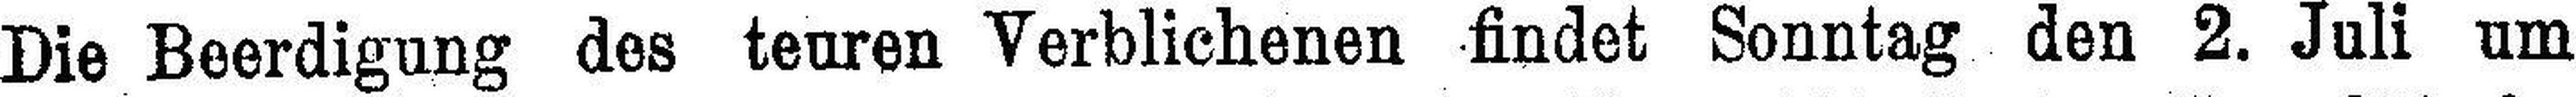
Die Beerdigung des teuren Verblichenen findet Sonntag den 2. Juli um